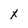
Character: x